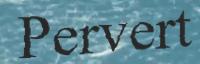
Pervert